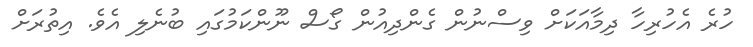
ހުރެ އެހުރިހާ ދިމާއަކަށް ވިސްނުން ގެންދިއުން ގޯސް ނޫންކަމުގައި ބުނެލި އެވެ. އިތުރަށް